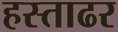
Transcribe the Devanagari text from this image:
हस्ताढर